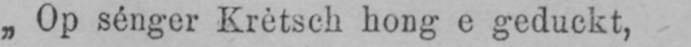
„Op sénger Krètsch hong e geduckt,